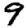
Digit: 9